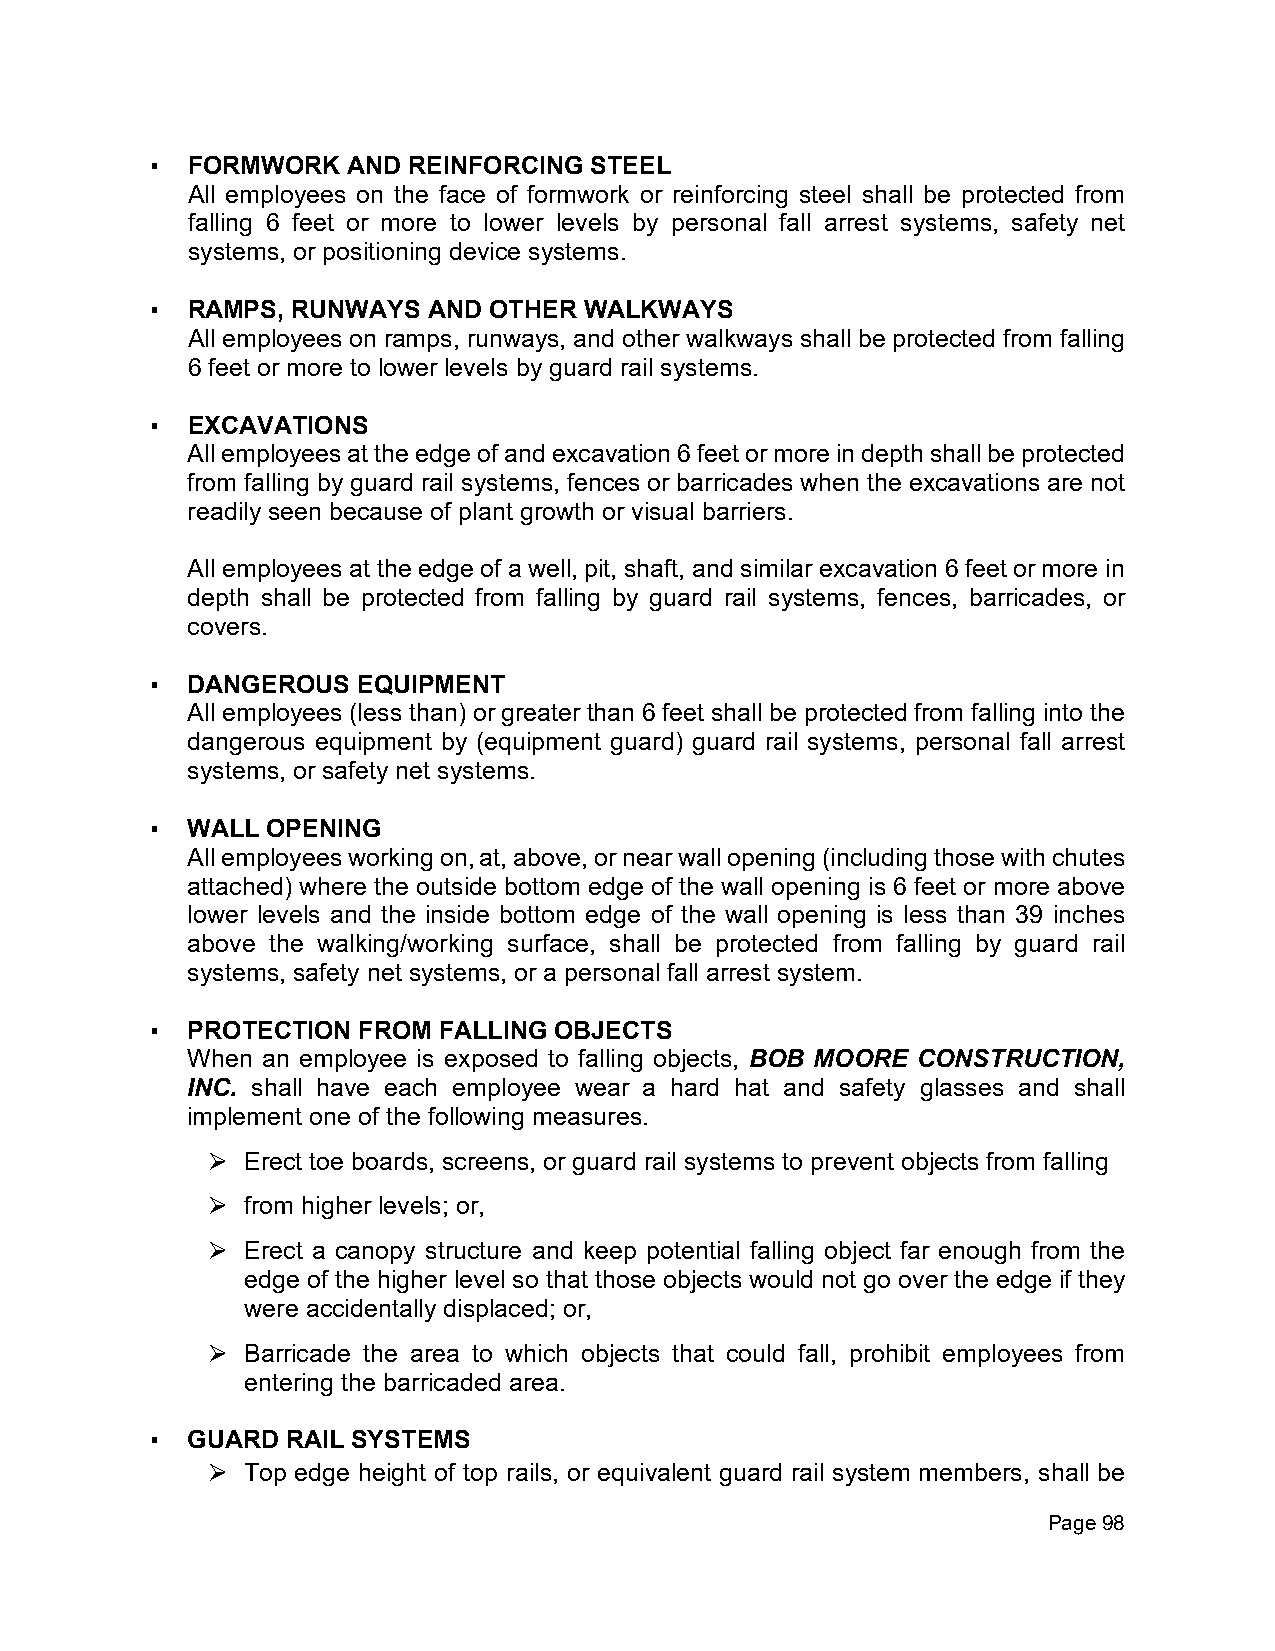
▪ FORMWORK   AND REINFORCING STEEL
 All employees on the face of formwork or reinforcing steel shall be protected from
 falling 6 feet or more to lower levels by personal fall arrest systems, safety net
 systems, or positioning device systems.
 ▪ RAMPS, RUNWAYS  AND OTHER  WALKWAYS
 All employees on ramps, runways, and other walkways shall be protected from falling
 6 feet or more to lower levels by guard rail systems.
 ▪ EXCAVATIONS
 All employees at the edge of and excavation 6 feet or more in depth shall be protected
 from falling by guard rail systems, fences or barricades when the excavations are not
 readily seen because of plant growth or visual barriers.
 All employees at the edge of a well, pit, shaft, and similar excavation 6 feet or more in
 depth shall be protected from falling by guard rail systems, fences, barricades, or
 covers.
 ▪ DANGEROUS   EQUIPMENT
 All employees (less than) or greater than 6 feet shall be protected from falling into the
 dangerous equipment by (equipment guard) guard rail systems, personal fall arrest
 systems, or safety net systems.
 ▪ WALL  OPENING
 All employees working on, at, above, or near wall opening (including those with chutes
 attached) where the outside bottom edge of the wall opening is 6 feet or more above
 lower levels and the inside bottom edge of the wall opening is less than 39 inches
 above the walking/working surface, shall be protected from falling by guard rail
 systems, safety net systems, or a personal fall arrest system.
 ▪ PROTECTION  FROM FALLING OBJECTS
 When an employee is exposed to falling objects, BOB MOORE CONSTRUCTION,
 INC. shall have each employee wear a hard hat and safety glasses and shall
 implement one of the following measures.
 Erect toe boards, screens, or guard rail systems to prevent objects from falling
 ⮚
 from higher levels; or,
 ⮚
 Erect a canopy structure and keep potential falling object far enough from the
 ⮚
 edge of the higher level so that those objects would not go over the edge if they
 were accidentally displaced; or,
 Barricade the area to which objects that could fall, prohibit employees from
 ⮚
 entering the barricaded area.
 ▪ GUARD  RAIL SYSTEMS
 Top edge height of top rails, or equivalent guard rail system members, shall be
 ⮚
 Page 98